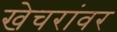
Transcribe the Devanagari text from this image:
खेचरांवर